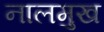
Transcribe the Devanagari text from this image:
नालमुख